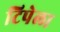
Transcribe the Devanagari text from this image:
टिपेला